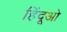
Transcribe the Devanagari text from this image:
हिंदूओ